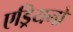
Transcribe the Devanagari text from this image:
एड्रियनो